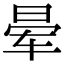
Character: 晕